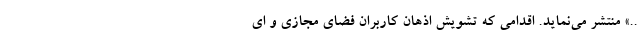
..» منتشر می‌نماید. اقدامی که تشویش اذهان کاربران فضای مجازی و ای